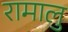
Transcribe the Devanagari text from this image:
रामालु